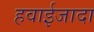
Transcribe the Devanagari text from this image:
हवाईजादा